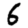
Digit: 6